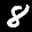
Label: 8